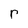
Character: r